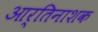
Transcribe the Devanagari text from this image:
आर्तिनाशक